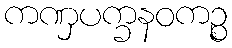
ကဏှပက္ခနဝကဉ္စ